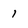
Character: 1